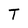
Character: T